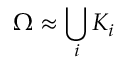
\Omega \approx \bigcup _ { i } K _ { i }